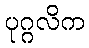
ပုဂ္ဂလိက